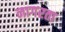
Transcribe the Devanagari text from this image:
नागरता